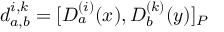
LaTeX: d _ { a , b } ^ { i , k } = [ D _ { a } ^ { ( i ) } ( x ) , D _ { b } ^ { ( k ) } ( y ) ] _ { P }